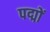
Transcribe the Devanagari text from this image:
पद्मों